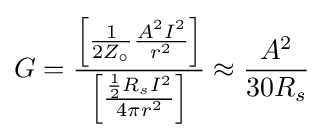
G={\left[{1 \over 2Z_{\circ }}{A^{2}I^{2} \over r^{2}}\right] \over {\left[{\frac {{1 \over 2}R_{s}I^{2}}{4\pi r^{2}}}\right]}}\approx {A^{2} \over 30R_{s}}\